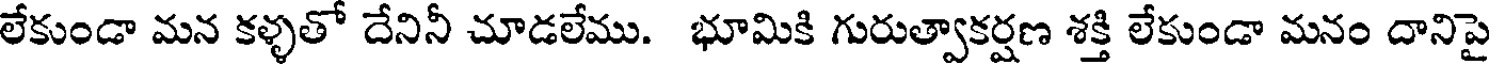
లేకుండా మన కళ్ళతో దేనినీ చూడలేము. భూమికి గురుత్వాకర్షణ శక్తి లేకుండా మనం దానిపై